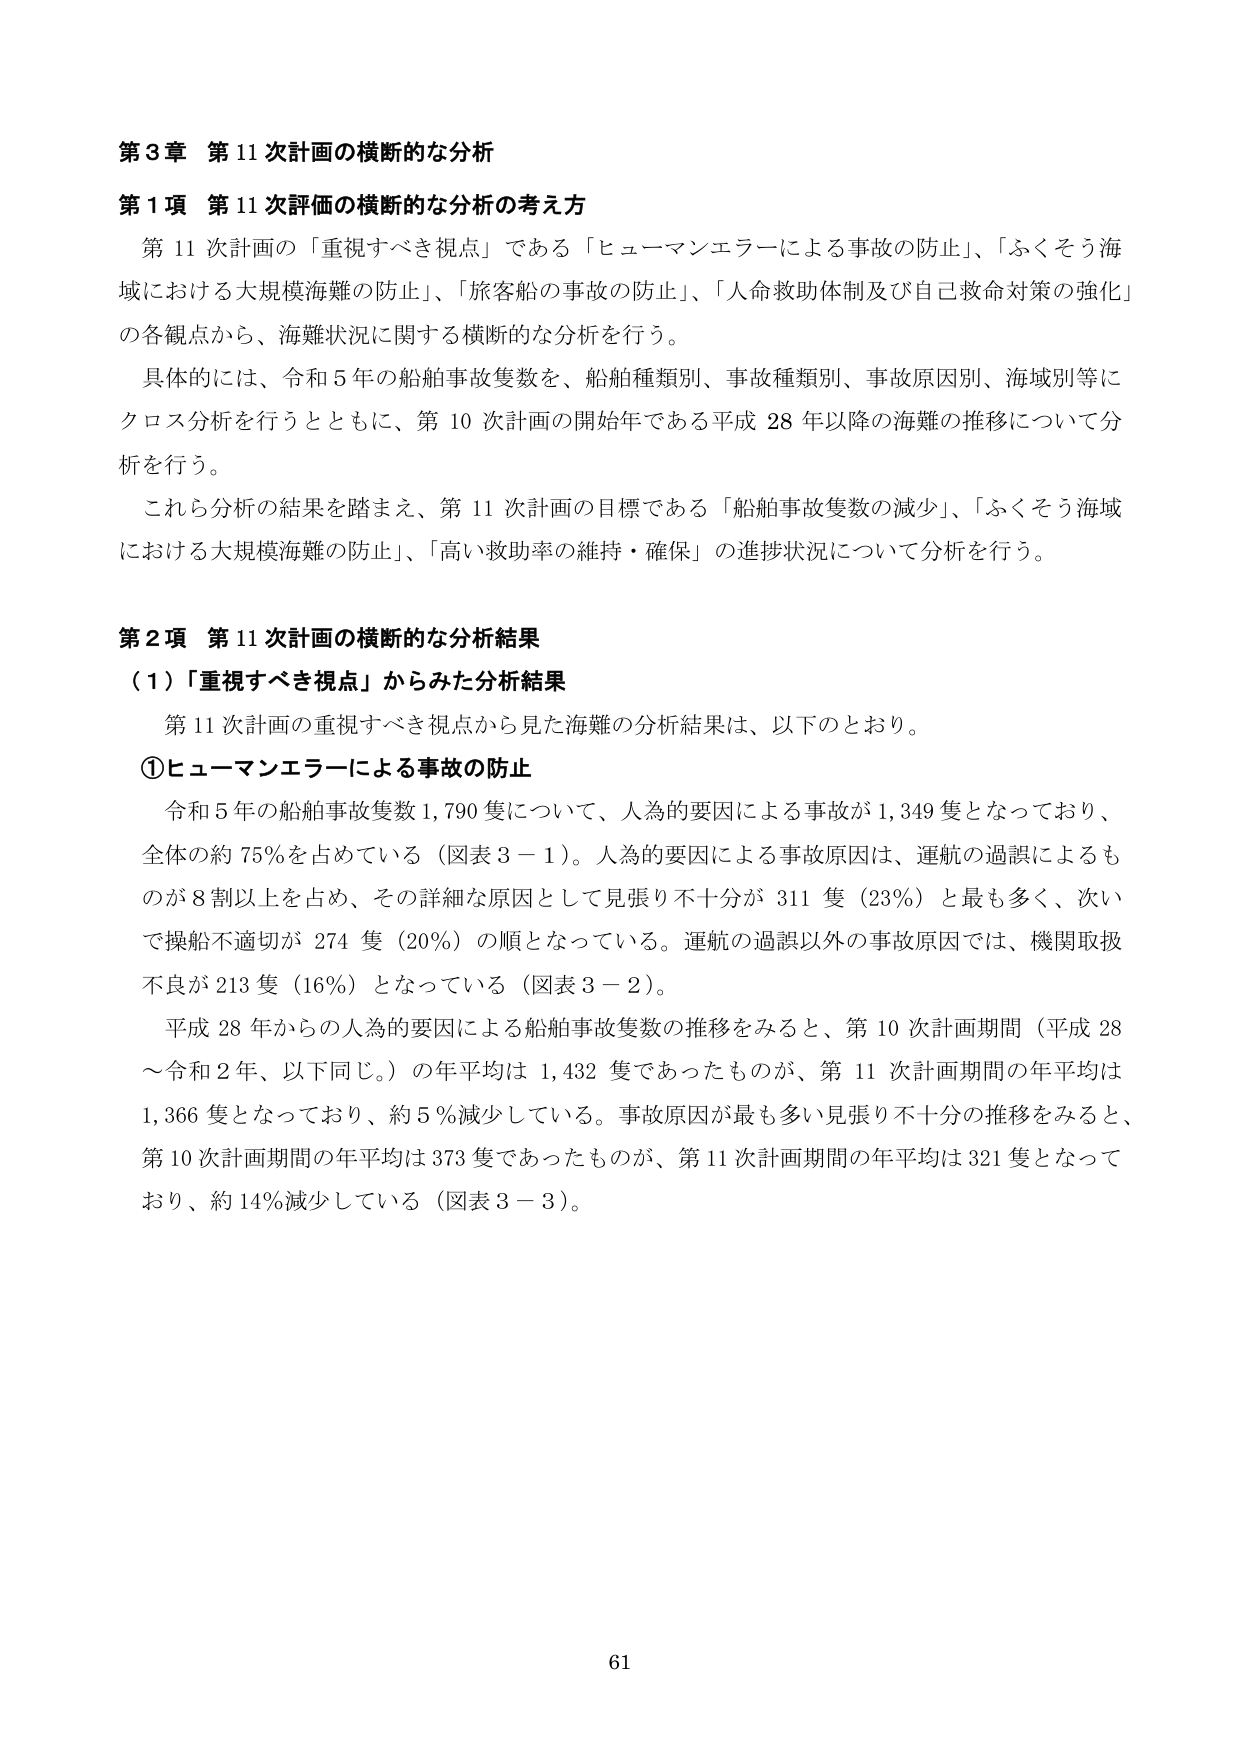
第3章 第11次計画の横断的な分析

第1項 第11次評価の横断的な分析の考え方

第11次計画の「重視すべき視点」である「ヒューマンエラーによる事故の防止」、「ふくそう海域における大規模海難の防止」、「旅客船の事故の防止」、「人命救助体制及び自己救命対策の強化」の各観点から、海難状況に関する横断的な分析を行う。

具体的には、令和5年の船舶事故隻数を、船舶種類別、事故種類別、事故原因別、海域別等にクロス分析を行うとともに、第10次計画の開始年である平成28年以降の海難の推移について分析を行う。

これら分析の結果を踏まえ、第11次計画の目標である「船舶事故隻数の減少」、「ふくそう海域における大規模海難の防止」、「高い救助率の維持・確保」の進捗状況について分析を行う。

第2項 第11次計画の横断的な分析結果

（1）「重視すべき視点」からみた分析結果

第11次計画の重視すべき視点から見た海難の分析結果は、以下のとおり。

①ヒューマンエラーによる事故の防止

令和5年の船舶事故隻数1,790隻について、人為的要因による事故が1,349隻となっており、全体の約75％を占めている（図表3－1）。人為的要因による事故原因は、運航の過誤によるものが8割以上を占め、その詳細な原因として見張り不十分が311隻（23％）と最も多く、次いで操船不適切が274隻（20％）の順となっている。運航の過誤以外の事故原因では、機関取扱不良が213隻（16％）となっている（図表3－2）。

平成28年からの人為的要因による船舶事故隻数の推移をみると、第10次計画期間（平成28～令和2年、以下同じ。）の年平均は1,432隻であったものが、第11次計画期間の年平均は1,366隻となっており、約5％減少している。事故原因が最も多い見張り不十分の推移をみると、第10次計画期間の年平均は373隻であったものが、第11次計画期間の年平均は321隻となっており、約14％減少している（図表3－3）。

61